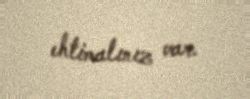
ehtimalınız var.